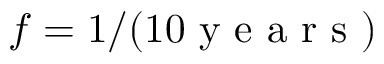
f = 1 / ( 1 0 \mathrm { ~ y ~ e ~ a ~ r ~ s ~ } )